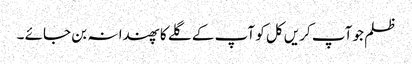
ظلم جو آپ کریں کل کو آپ کے گلے کا پھندا نہ بن جائے ۔